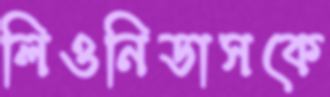
লিওনিডাসকে